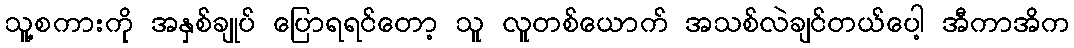
သူ့စကားကို အနှစ်ချုပ် ပြောရရင်တော့ သူ လူတစ်ယောက် အသစ်လဲချင်တယ်ပေါ့ အီကာအိက